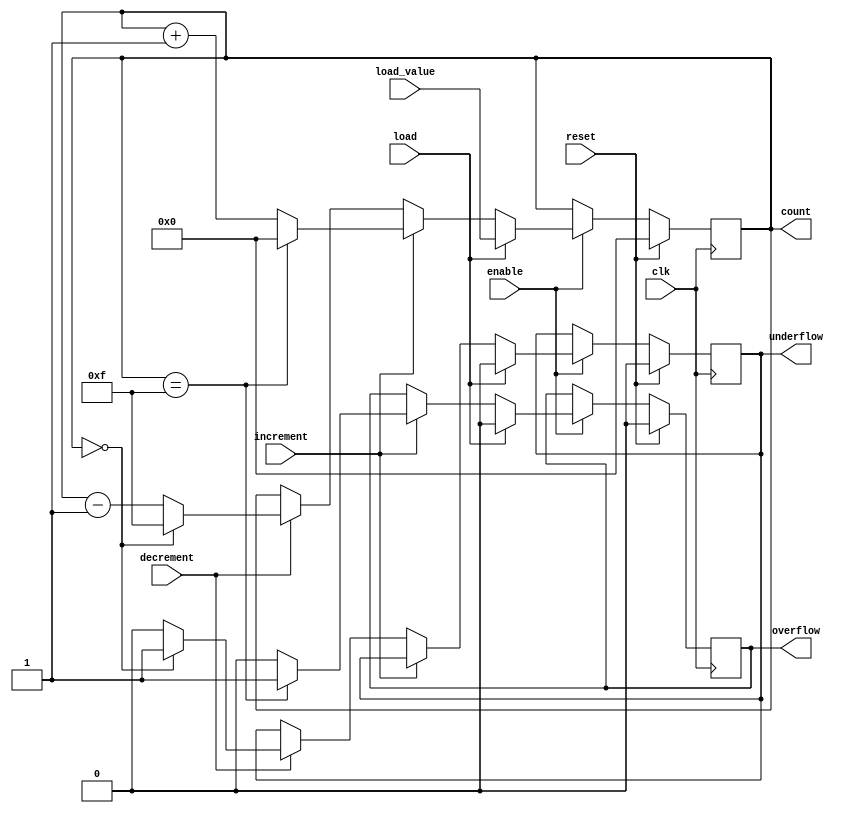
module synchronous_counter #(
    parameter N = 4 // Bit width of the counter (e.g., 4 bits for counting 0 to 15)
)(
    input wire clk,                  // Clock input
    input wire reset,                // Synchronous reset
    input wire load,                 // Load control signal
    input wire [N-1:0] load_value,   // Value to load into the counter
    input wire increment,            // Increment control signal
    input wire decrement,            // Decrement control signal
    input wire enable,               // Enable control signal
    output reg [N-1:0] count,        // Current count value
    output reg overflow,             // Overflow flag
    output reg underflow             // Underflow flag
);

    // Initial state of the counter
    initial begin
        count = 0;
        overflow = 0;
        underflow = 0;
    end

    always @(posedge clk) begin
        if (reset) begin
            // Reset the counter to zero
            count <= 0;
            overflow <= 0;
            underflow <= 0;
        end else if (enable) begin
            if (load) begin
                // Load the specified value into the counter
                count <= load_value;
                overflow <= 0;
                underflow <= 0;
            end else begin
                // Increment or decrement the counter based on control signals
                if (increment) begin
                    if (count == (1 << N) - 1) begin // Check for overflow
                        overflow <= 1;
                        count <= 0; // Wrap around to zero
                    end else begin
                        overflow <= 0;
                        count <= count + 1;
                    end
                end else if (decrement) begin
                    if (count == 0) begin // Check for underflow
                        underflow <= 1;
                        count <= (1 << N) - 1; // Wrap around to max value
                    end else begin
                        underflow <= 0;
                        count <= count - 1;
                    end
                end
            end
        end
    end

endmodule